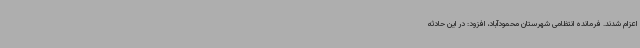
اعزام شدند. فرمانده انتظامی شهرستان محمودآباد، افزود: در این حادثه